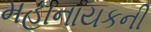
મહાનાયકની